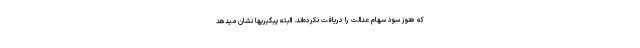
که هنوز سود سهام عدالت را دریافت نکرده‌اند. البته پیگیریها نشان میدهد